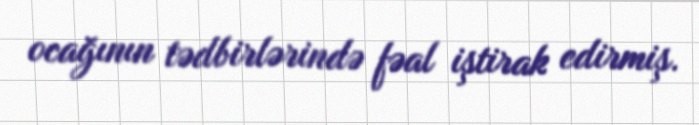
ocağının tədbirlərində fəal iştirak edirmiş.